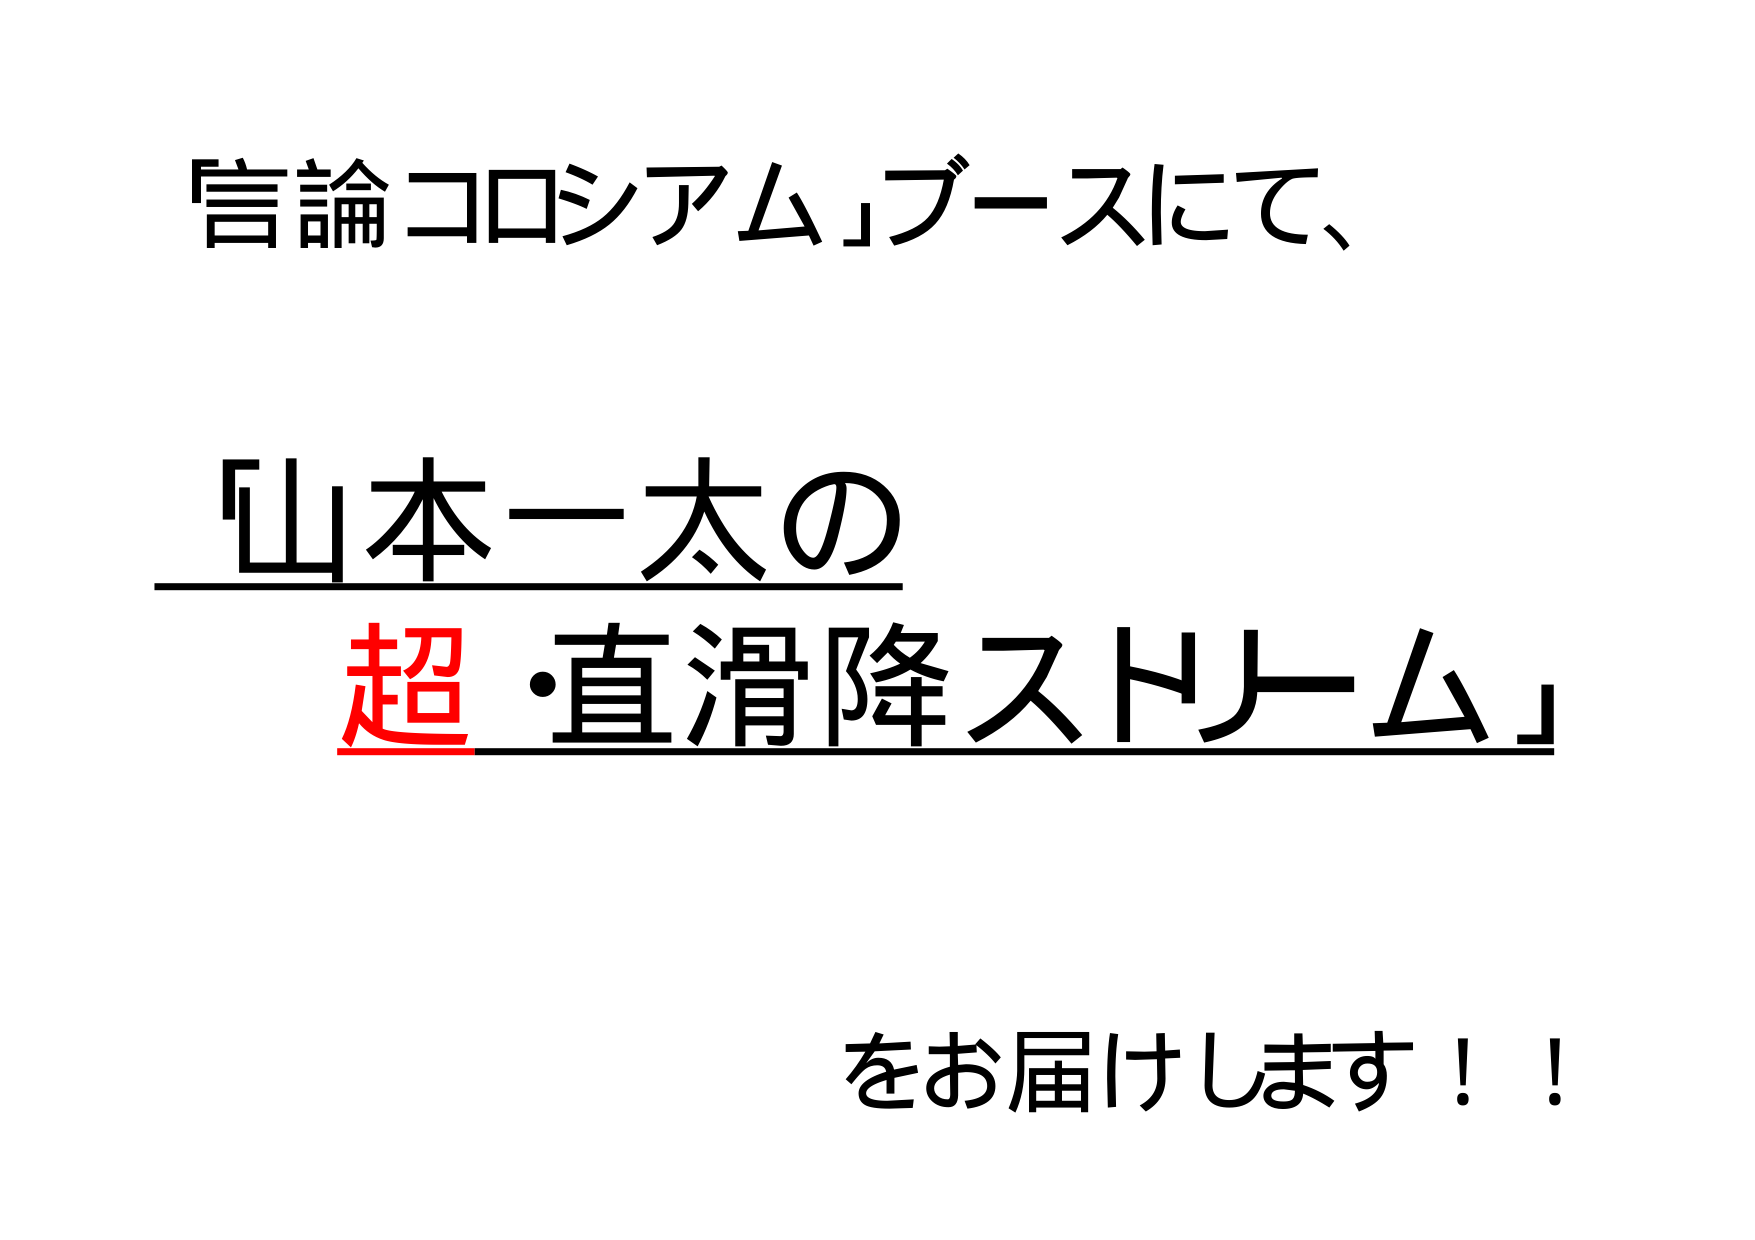
「言論コロシアム」ブースにて、
「山本一太の
超・直滑降ストリーム」
をお届けします！！